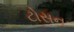
ટોસન